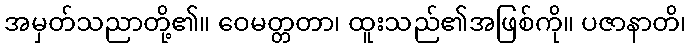
အမှတ်သညာတို့၏။ ဝေမတ္တတာ၊ ထူးသည်၏အဖြစ်ကို။ ပဇာနာတိ၊